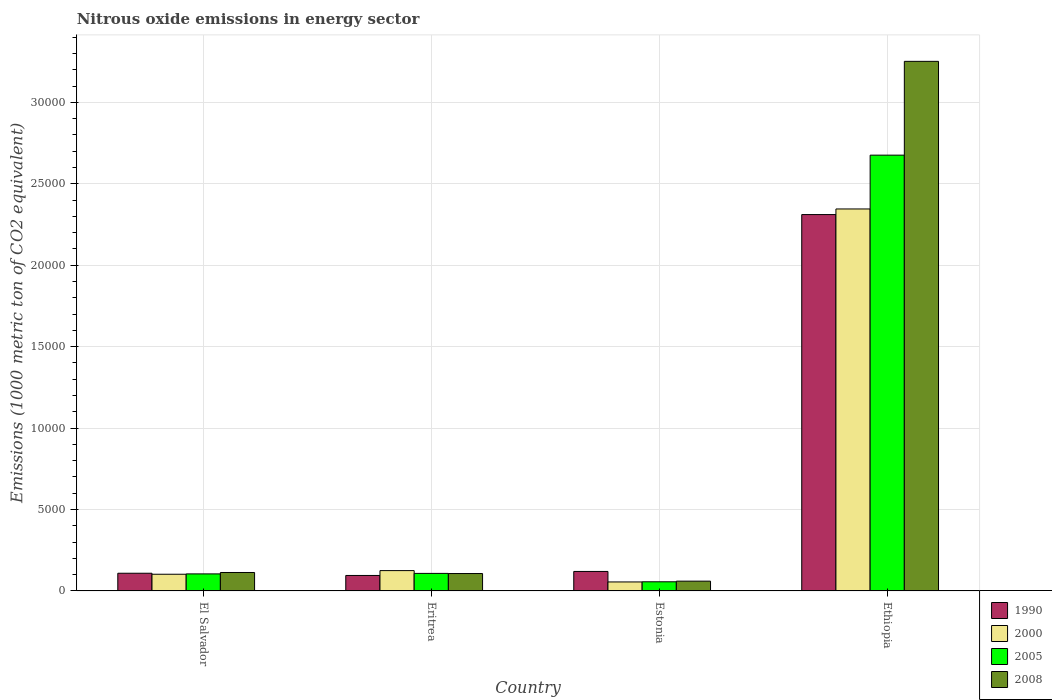
| Country | 1990 | 2000 | 2005 | 2008 |
 | --- | --- | --- | --- | --- |
 | El Salvador | 1.09e+03 | 1.03e+03 | 1.05e+03 | 1.14e+03 |
 | Eritrea | 953 | 1.25e+03 | 1.08e+03 | 1.07e+03 |
 | Estonia | 1.2e+03 | 554 | 564 | 604 |
 | Ethiopia | 2.31e+04 | 2.35e+04 | 2.68e+04 | 3.25e+04 |